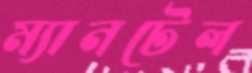
ম্যানটেল